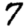
Digit: 7